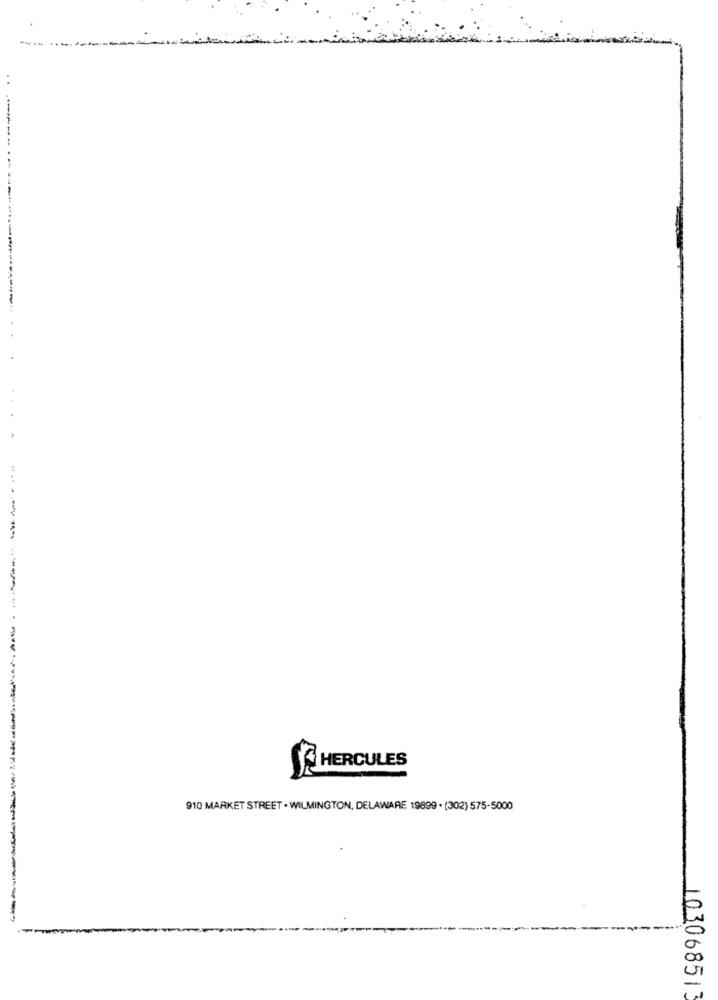
..
JE HERCULES
910 MARKET STREET . WILMINGTON, DELAWARE 19899 . (302) 575-5000
10306851